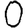
Digit: 0